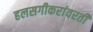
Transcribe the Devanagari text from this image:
हलसगीकरांवरती